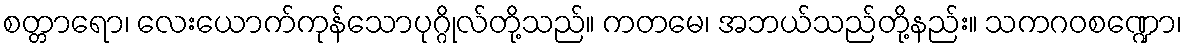
စတ္တာရော၊ လေးယောက်ကုန်သောပုဂ္ဂိုလ်တို့သည်။ ကတမေ၊ အဘယ်သည်တို့နည်း။ သကဂဝစဏ္ဍော၊